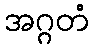
အဂ္ဂတံ